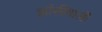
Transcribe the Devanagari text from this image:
झांसीवाली